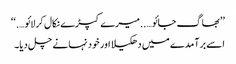
’’بھاگ جائو…..میرے کپڑے نکال کر لائو….‘‘
اسے برآمدے میں دھکیلا اور خود نہانے چل دیا۔